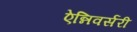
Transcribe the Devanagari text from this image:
ऐन्निवर्सरी